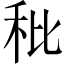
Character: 秕